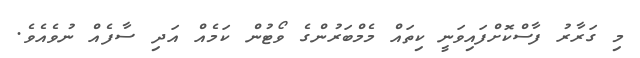
މި ގަރާރު ފާސްކޮށްފައިވަނީ ކިތައް މެމްބަރުންގެ ވޯޓުން ކަމެއް އަދި ސާފެއް ނުވެއެވެ.